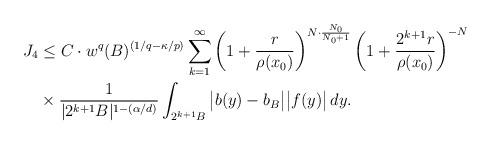
LaTeX: \begin{align*}J_4&\leq C\cdot w^q(B)^{{(1/q-\kappa/p)}}\sum_{k=1}^\infty\left(1+\frac{r}{\rho(x_0)}\right)^{N\cdot\frac{N_0}{N_0+1}}\left(1+\frac{2^{k+1}r}{\rho(x_0)}\right)^{-N}\\&\times\frac{1}{|2^{k+1}B|^{1-(\alpha/d)}}\int_{2^{k+1}B}\big|b(y)-b_B\big|\big|f(y)\big|\,dy.\end{align*}